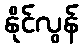
နိုင်လွန်